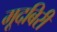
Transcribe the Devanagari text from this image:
मूदबिरी